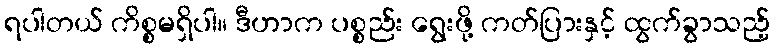
ရပါတယ် ကိစ္စမရှိပါ။ ဒီဟာက ပစ္စည်း ရွေးဖို့ ကတ်ပြားနှင့် ထွက်ခွာသည့်